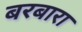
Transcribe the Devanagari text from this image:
बरबारा